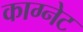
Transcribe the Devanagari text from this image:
काग्नेट